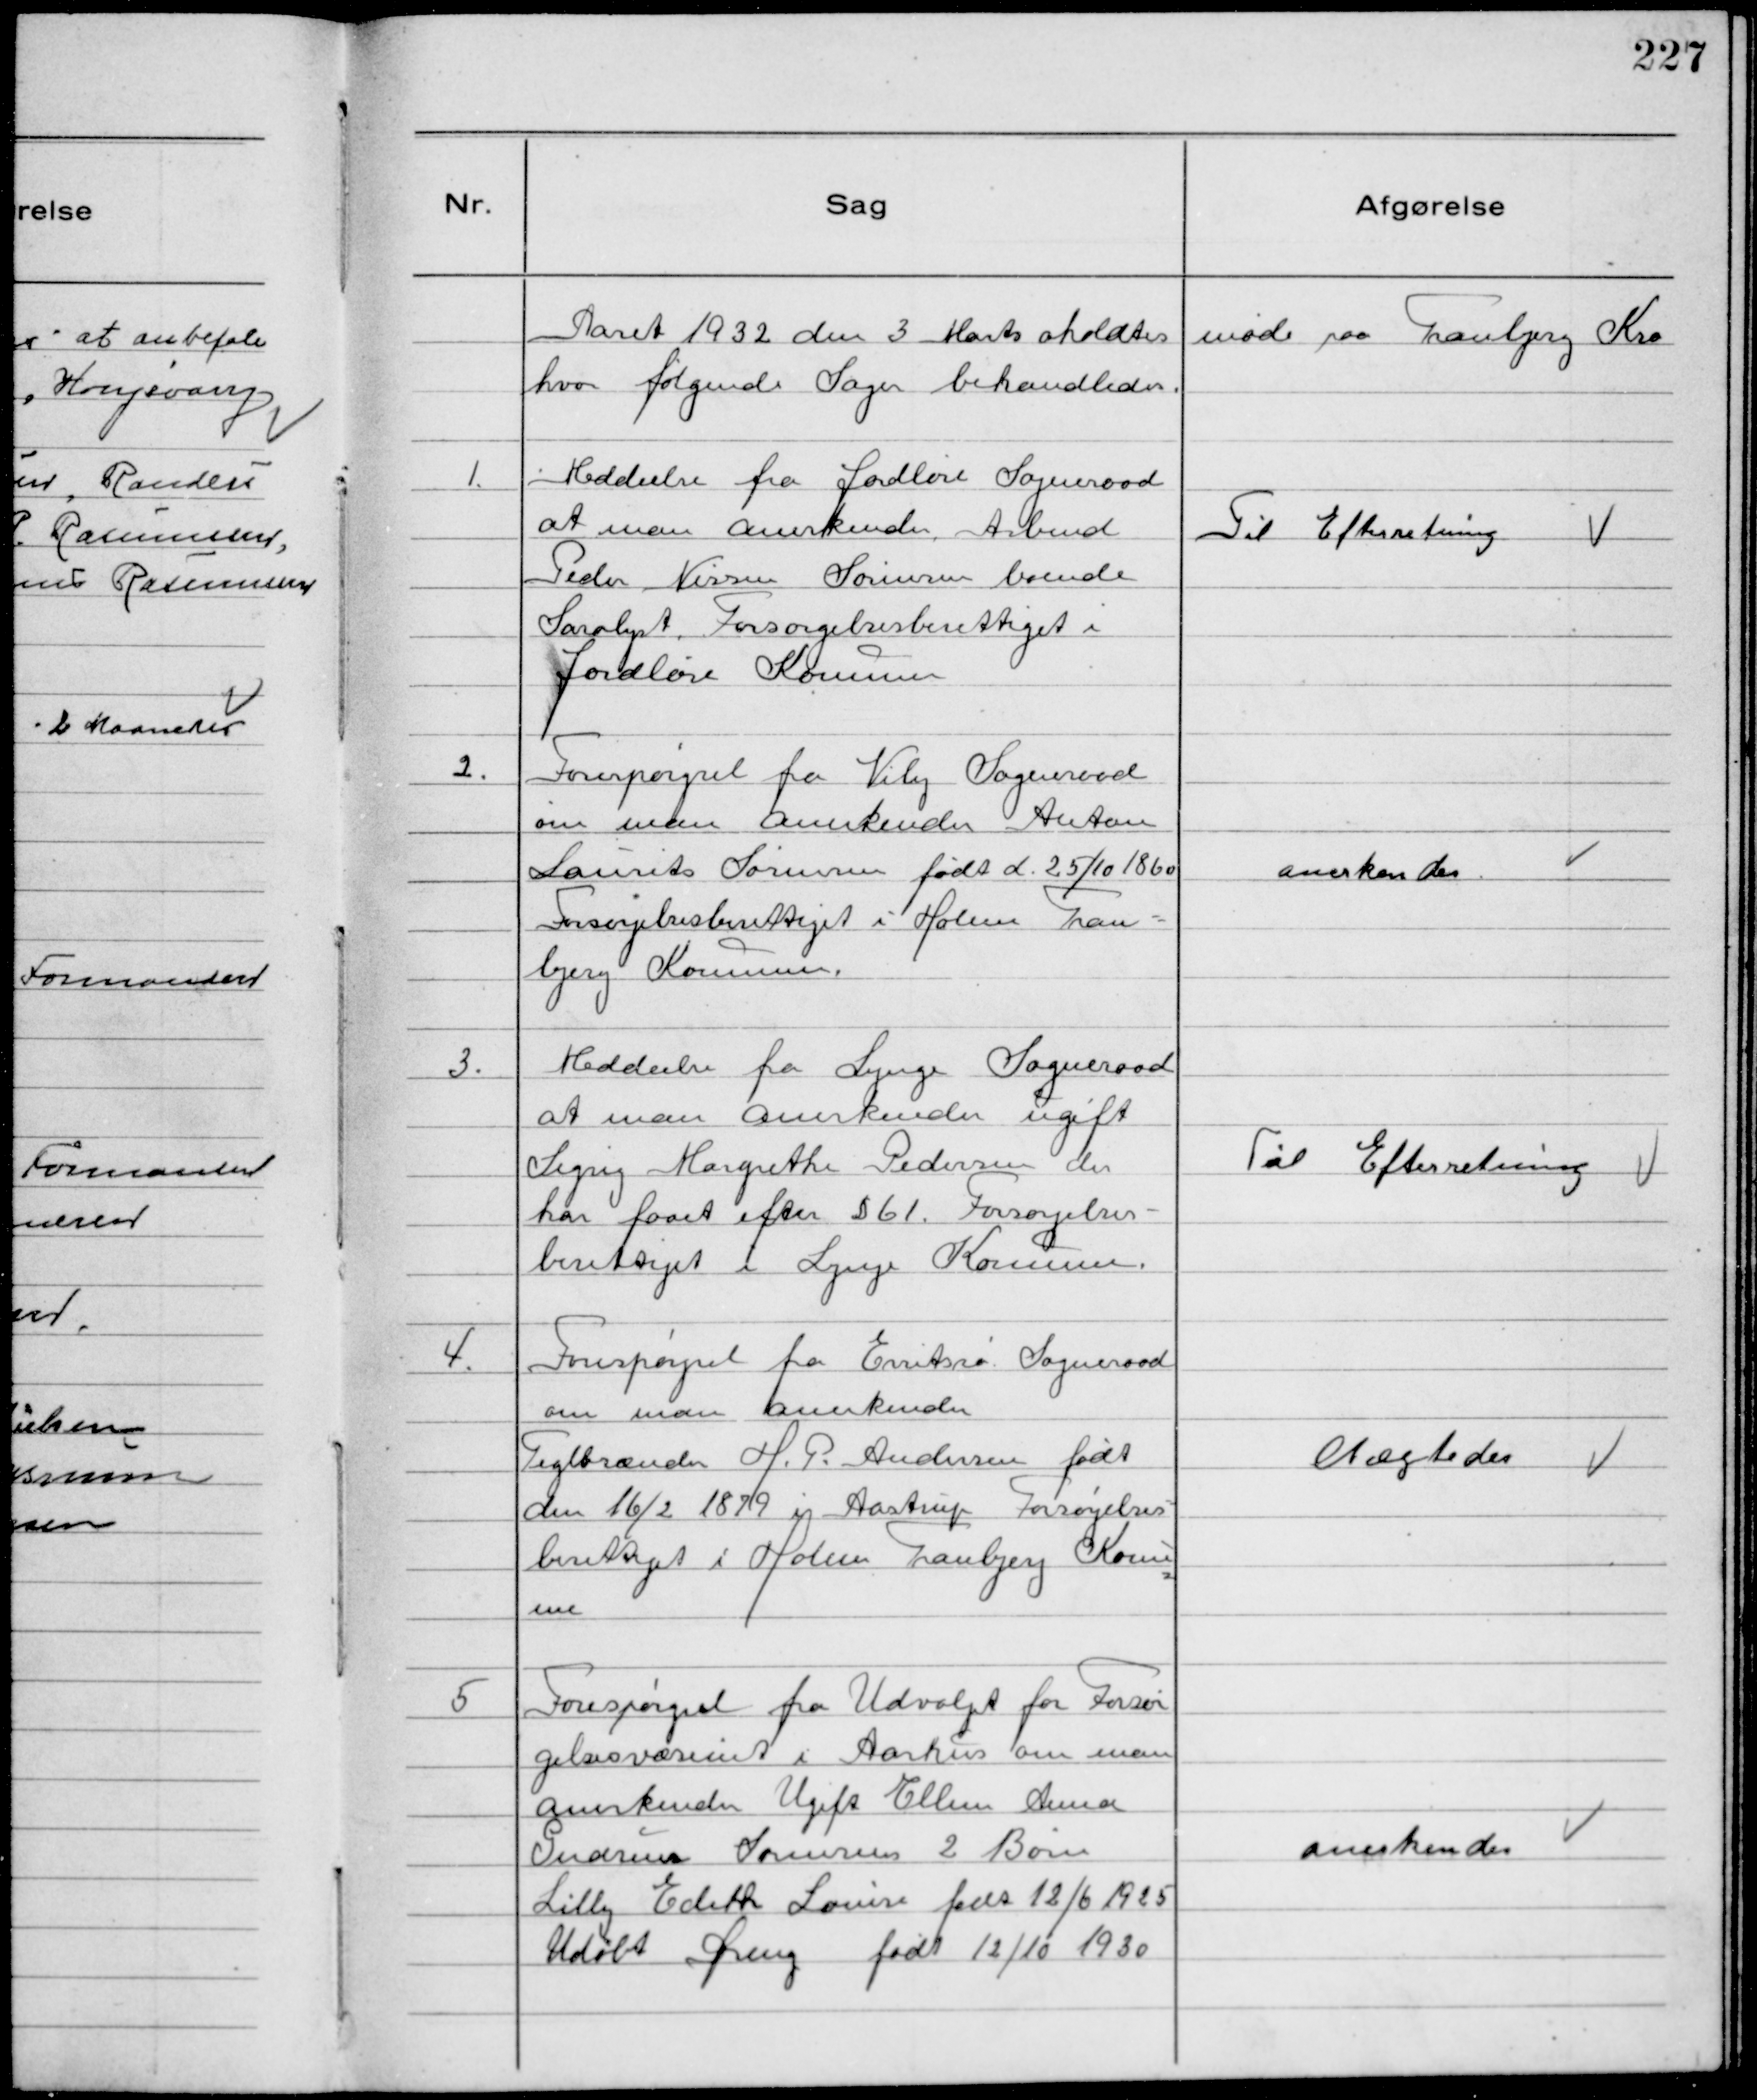
Transskription:
Aaret 1932 den 3 Marts aholdtes møde paa Tranbjerg Kro
hvor følgende Sager behandledes.

1.
Meddeelse fra Jordløse Sogneraad
at man anerkender Arbmd
Peder Nissen Sørensen boende
Saralyst, Forsørgelsesberettiget i
Jordløse Kommune

Til Efterretning

2.
Forespørgsel fra Viby Sogneraad
om man anerkender Anton
Laurits Sørensen født d. 25/10 1860
Forsørgelsesberettiget i Holme Tran-
bjerg Kommune.

anerkendes

3.
Meddeelse fra Lynge Sogneraad
at man anerkender ugift
Sigrig Margrethe Pedersen der
har faaet efter § 61. Forsørgelses-
berettiget i Lynge Kommune.

Til Efterretning

4.
Forespørgsel fra Erritssø Sogneraad
om man anerkender
Teglbrænder H. P. Andersen født
den 16/2 1879 i Aastrup Forsørgelses-
berettiget i Holme Tranbjerg Kommu
ne

Nægtedes

5
Forespørgsel fra Udvalget for Forsør
gelsesvæsenet i Aarhus om man
anerkender Ugift Ellen Anna
Gudrun Sørensens 2 Børn
Lilly Edith Louise født 12/6 1925
Udøbt Dreng født 12/10 1930

anerkendes